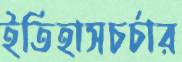
ইতিহাসচর্চার